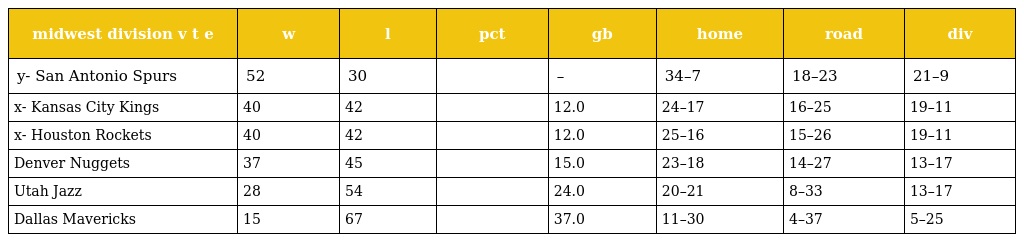
| midwest division v t e | w | l | pct | gb | home | road | div |
 | --- | --- | --- | --- | --- | --- | --- | --- |
 | y- San Antonio Spurs | 52 | 30 |  | – | 34–7 | 18–23 | 21–9 |
 | x- Kansas City Kings | 40 | 42 |  | 12.0 | 24–17 | 16–25 | 19–11 |
 | x- Houston Rockets | 40 | 42 |  | 12.0 | 25–16 | 15–26 | 19–11 |
 | Denver Nuggets | 37 | 45 |  | 15.0 | 23–18 | 14–27 | 13–17 |
 | Utah Jazz | 28 | 54 |  | 24.0 | 20–21 | 8–33 | 13–17 |
 | Dallas Mavericks | 15 | 67 |  | 37.0 | 11–30 | 4–37 | 5–25 |